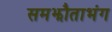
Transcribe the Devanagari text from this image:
समझौताभंग